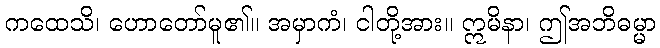
ကထေသိ၊ ဟောတော်မူ၏။ အမှာကံ၊ ငါတို့အား။ ဣမိနာ၊ ဤအဘိဓမ္မာ